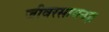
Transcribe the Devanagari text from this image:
जीवरसायनज्ञ